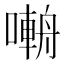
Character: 𡀑